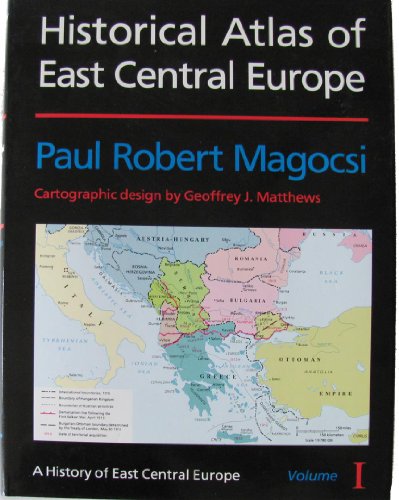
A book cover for Historical Atlas of East Central Europe (History of East Central Europe); Paul Robert Magocsi; History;